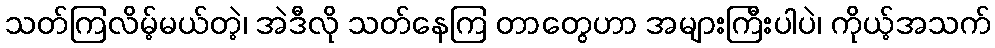
သတ်ကြလိမ့်မယ်တဲ့၊ အဲဒီလို သတ်နေကြ တာတွေဟာ အများကြီးပါပဲ၊ ကိုယ့်အသက်